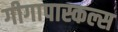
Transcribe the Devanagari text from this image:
गीगापास्कल्स